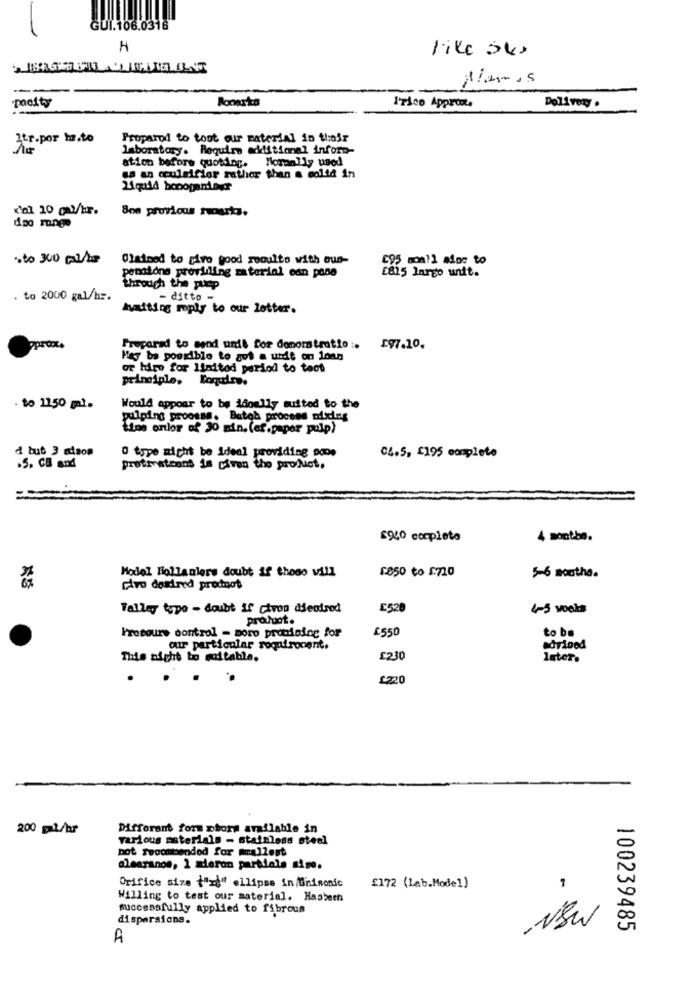
GUI.106.0316
I
like aux
Bonarka
I'Tico Approx.
Delivery .
pacity
3tr.por ma.to
Proparod to toot our material in their
laboratory. Require additional inform-
Nomally used
sa an couleifier rather than a solid in
ation before quoting.
800 provious nosrios,
doo runge
sto 300 pl/be
Claimed to piro wood rooults with oun-
595 moall miss to
pensione providing material can pane
£815 largo unit.
through the pump
. to 2000 gal/hr.
- ditto -
hvaiting reply to our lotter.
Approx.
Prepara to send unil for domomatmotto :. 197.10.
Hey be possible to got a undt on loan
or hiro for limitod period to toot
principle, Boqudro.
· to 1150 ml.
Would appoar to be idoully suited to the
palpine proosse. Butoh process moins
time onlor of 30 min. (ef.paper pulp)
d bub 3 aison
O type might be ideal providing poop
C4.5, £195 complete
.5. CB and
proti atcans is given the product.
=
£940 completo
4 sontbe.
Model Bollanlere doubt if those vill
1850 to 5720
5-6 montha.
ciro desired prodnot
Talley typo - doubt if civon dentred
E520
4-5 voets
product.
£550
to be
Procours control = moro promising for
our particular rogafroognit.
adrined
This night to suitable.
£230
later.
£220
200 ml/hr
Different form phors available in
various materials - stainless steel
bot recommended for mallest
alearanos, 1 sieron partials sige.
Orifice size {"id" ellipse in Minimonic
[172 (Lab.Model)
Willing to test our material. Hasbeen
successfully applied to fibrous
dispersions.
NSW
100239485
A